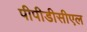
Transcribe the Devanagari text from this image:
पीपीडीसीएल